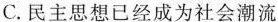
C.民主思想已经成为社会潮流